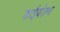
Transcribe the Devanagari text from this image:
डाईबोल्ड